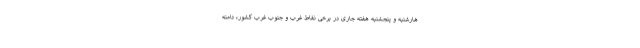
هارشنبه و پنجشنبه هفته جاری در برخی نقاط غرب و جنوب غرب کشور، دامنه